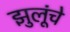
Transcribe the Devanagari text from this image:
झुलूंचे